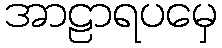
အာဠာရပမှေ